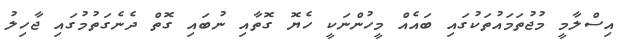
އިސްލާމީ މުޖުތަމައުތަކުގައި ބައެއް މީހުންނަކީ ހެޔޮ ގޮތާއި ނުބައި ގޮތް ދެނެގަތުމުގައި ޖާހިލު